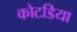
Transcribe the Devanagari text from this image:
कोटडिया